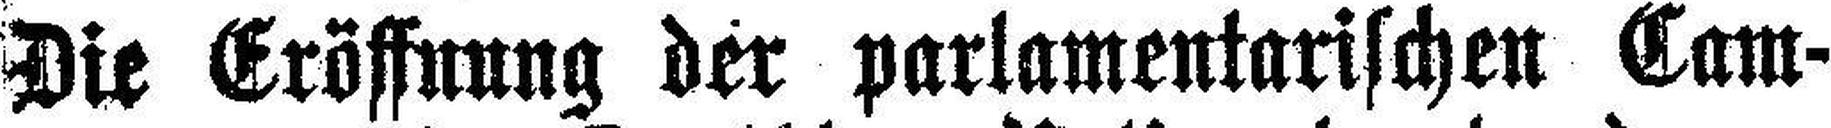
Die Eröffnung der parlamentarischen Cam¬